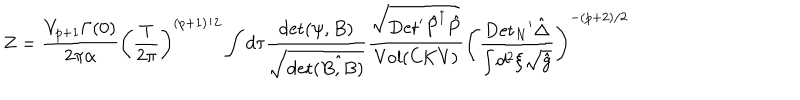
Z = { \frac { V _ { p + 1 } \Gamma ( 0 ) } { 2 \pi \alpha } } { { \left( { \frac { \mathrm { T } } { 2 \pi } } \right) } ^ { ( p + 1 ) / 2 } } \int d \tau { \frac { \mathrm { d e t } ( \psi , B ) } { \sqrt { \mathrm { d e t } \hat { ( B , B ) } } } } { \frac { \sqrt { \mathrm { D e t } ^ { \prime } { \hat { P } ^ { \dagger } } \hat { P } } } { \mathrm { V o l } ( \mathrm { C K V } ) } } { { \left( { \frac { { \mathrm { D e t } _ { N } } ^ { \prime } \hat { \Delta } } { \int { d ^ { 2 } } \xi \sqrt { \hat { g } } } } \right) } ^ { - ( p + 2 ) / 2 } }